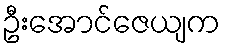
ဦးအောင်ဇေယျက